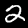
Label: 2